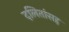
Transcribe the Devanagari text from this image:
दलितांसह